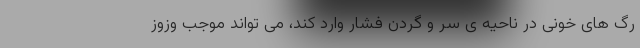
رگ های خونی در ناحیه ی سر و گردن فشار وارد کند، می تواند موجب وزوز